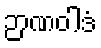
ဉာဏဝါဒံ